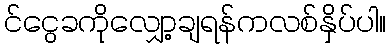
င်ငွေခကိုလျှော့ချရန်ကလစ်နှိပ်ပါ။